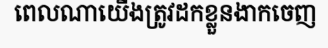
ពេលណាយើងត្រូវដកខ្លួនងាកចេញ